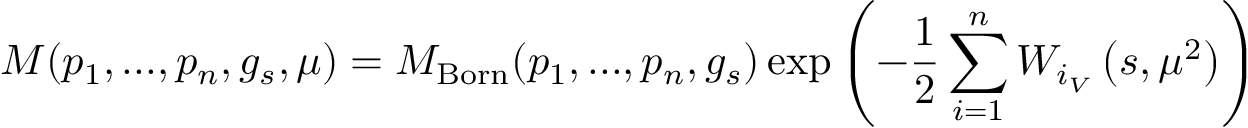
{ \cal M } ( p _ { 1 } , . . . , p _ { n } , g _ { s } , \mu ) = { \cal M } _ { \mathrm { B o r n } } ( p _ { 1 } , . . . , p _ { n } , g _ { s } ) \exp \left( - \frac { 1 } { 2 } \sum _ { i = 1 } ^ { n } W _ { i _ { V } } \left( s , \mu ^ { 2 } \right) \right)